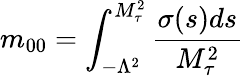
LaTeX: m_{00}=\int_{-\Lambda^{2}}^{M_{\tau}^{2}}\frac{\sigma(s)ds}{M_{\tau}^{2}}